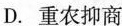
D.重农抑商